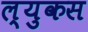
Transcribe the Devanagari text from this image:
ल्युकस